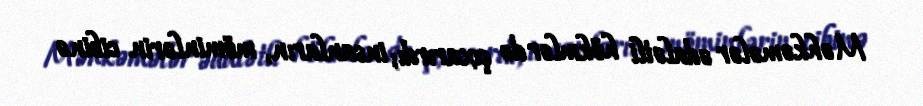
Məhkəmələr ədalətli hökmlər də çıxarırdı; insanların, möminlərin cibinə